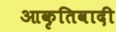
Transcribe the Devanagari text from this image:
आकृतिवादी